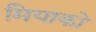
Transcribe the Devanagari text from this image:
मियाको